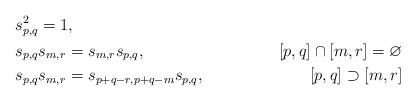
LaTeX: \begin{align*}&s_{p,q}^2=1, & \\&s_{p,q}s_{m,r}=s_{m,r}s_{p,q}, & [p,q]\cap[m,r]=\varnothing\\&s_{p,q}s_{m,r}=s_{p+q-r,p+q-m}s_{p,q}, & [p,q]\supset[m,r]\end{align*}